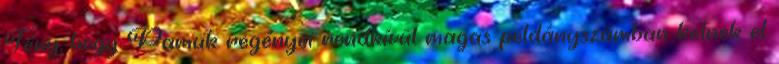
Tény, hogy Pamuk regényei rendkívül magas példányszámban kelnek el